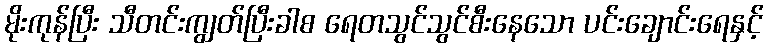
မိုးကုန်ပြီး သီတင်းကျွတ်ပြီးခါစ ရေတသွင်သွင်စီးနေသော ပင်းချောင်းရေနှင့်